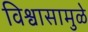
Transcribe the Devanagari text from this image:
विश्वासामुळे